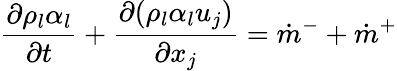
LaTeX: \frac{\partial\rho_{l}\alpha_{l}}{\partial t}+\frac{\partial(\rho_{l}\alpha_{l}u_{j})}{\partial x_{j}}=\dot{m}^{-}+\dot{m}^{+}